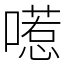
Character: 㘃